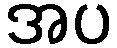
အပ